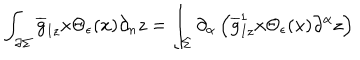
\int _ { \partial \Sigma } { \overline { { g } } } _ { I z } x \Theta _ { \epsilon } ( x ) \partial _ { n } z = \int _ { \Sigma } \partial _ { \alpha } \left( { \overline { { g } } } _ { I z } ^ { 1 } x \Theta _ { \epsilon } ( x ) \partial ^ { \alpha } z \right)